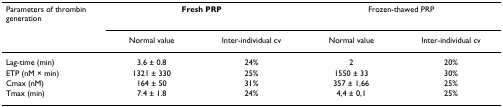
| Parameters of thrombin generation | <COLSPAN=2> Fresh PRP | <COLSPAN=2> Frozen-thawed PRP |
 |  | Normal value | Inter-individual cv | Normal value | Inter-individual cv |
 | --- | --- | --- | --- | --- |
 | Lag-time (min) | 3.6 ± 0.8 | 24% | 2 | 20% |
 | ETP (nM × min) | 1321 ± 330 | 25% | 1550 ± 33 | 30% |
 | Cmax (nM) | 164 ± 50 | 31% | 357 ± 1,66 | 25% |
 | Tmax (min) | 7.4 ± 1.8 | 24% | 4,4 ± 0,1 | 25% |